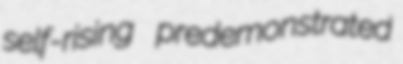
self-rising predemonstrated